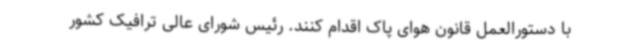
با دستورالعمل قانون هوای پاک اقدام کنند. رئیس شورای عالی ترافیک کشور